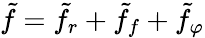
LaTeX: \tilde{f}=\tilde{f}_{r}+\tilde{f}_{f}+\tilde{f}_{\varphi}